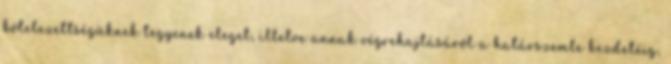
kötelezettségüknek tegyenek eleget, illetve annak végrehajtásáról a határszemle kezdetéig,